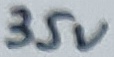
Text: 35V